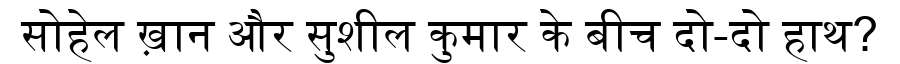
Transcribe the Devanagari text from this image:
सोहेल ख़ान और सुशील कुमार के बीच दो-दो हाथ?